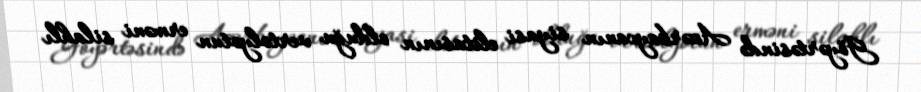
Göyərtəsində Azərbaycanın siyasi elitasının olduğu vertolyotun erməni silahlı